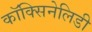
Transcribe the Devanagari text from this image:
कॉक्सिनेलिडी